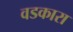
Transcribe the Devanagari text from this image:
वडकारा